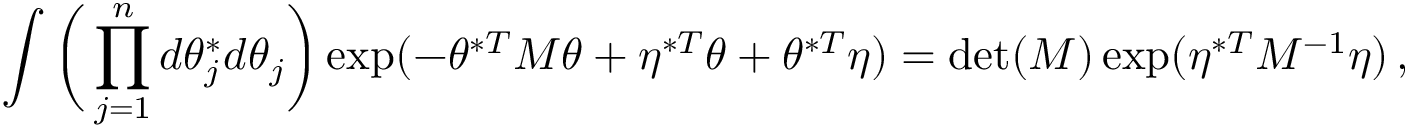
\int \bigg ( \prod _ { j = 1 } ^ { n } d \theta _ { j } ^ { * } d \theta _ { j } \bigg ) \exp ( - \theta ^ { * T } M \theta + \eta ^ { * T } \theta + \theta ^ { * T } \eta ) = \operatorname* { d e t } ( M ) \exp ( \eta ^ { * T } M ^ { - 1 } \eta ) \, ,